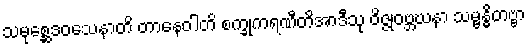
သမုစ္ဆေဒဝသေနာတိ တာနေဝါတိ စက္ခုကရဏီတိအာဒီသု ဝိဇ္ဇုဝဗ္ဘဃနာ သမ္ဗန္ဓိတဗ္ဗာ